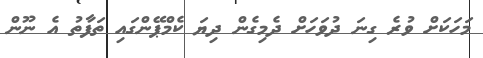
މަހަކަށް ވުރެ ގިނަ ދުވަހަށް ދެމިގެން ދިޔަ ކެމްޕޭންގައި ތަފާތު އެ ނޫން